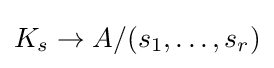
K_{s}\to A/(s_{1},\dots ,s_{r})